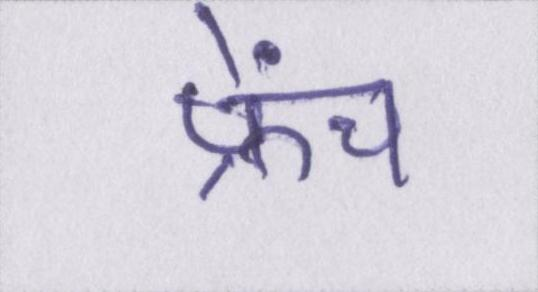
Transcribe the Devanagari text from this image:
फ्रेंच